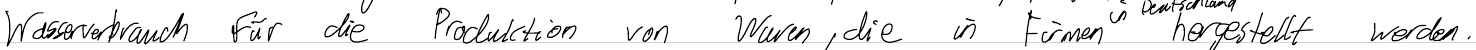
Wasserverbrauch für die Produktion von Waren, die in Firmen hergestellt werden.